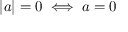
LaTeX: | a | = 0 \iff a = 0